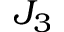
J _ { 3 }